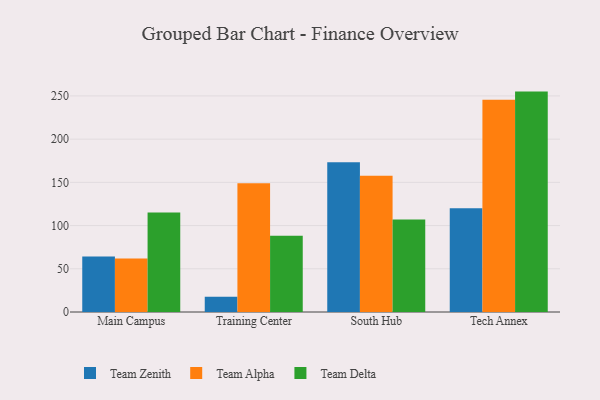
{"axis": {"x": "Campus", "y": "Latency (ms)"}, "legend": ["Team Alpha", "Team Delta", "Team Zenith"], "data": [{"x": "Main Campus", "y": 64.3, "type": "Team Zenith"}, {"x": "Main Campus", "y": 61.9, "type": "Team Alpha"}, {"x": "Main Campus", "y": 115.2, "type": "Team Delta"}, {"x": "Training Center", "y": 17.7, "type": "Team Zenith"}, {"x": "Training Center", "y": 149.1, "type": "Team Alpha"}, {"x": "Training Center", "y": 88.1, "type": "Team Delta"}, {"x": "South Hub", "y": 173.2, "type": "Team Zenith"}, {"x": "South Hub", "y": 157.7, "type": "Team Alpha"}, {"x": "South Hub", "y": 107.0, "type": "Team Delta"}, {"x": "Tech Annex", "y": 119.9, "type": "Team Zenith"}, {"x": "Tech Annex", "y": 245.7, "type": "Team Alpha"}, {"x": "Tech Annex", "y": 255.0, "type": "Team Delta"}]}